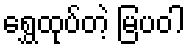
ရွှေထုပ်တဲ့ မြပဝါ